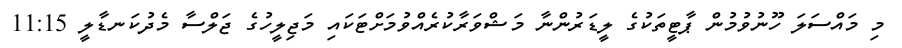
މި މައްސަލަ ހޫނުވުމުން ޕާޓީތަކުގެ ލީޑަރުންނާ މަޝްވަރާކުރެއްވުމަށްޓަކައި މަޖިލީހުގެ ޖަލްސާ މެދުކަނޑާލީ 11:15